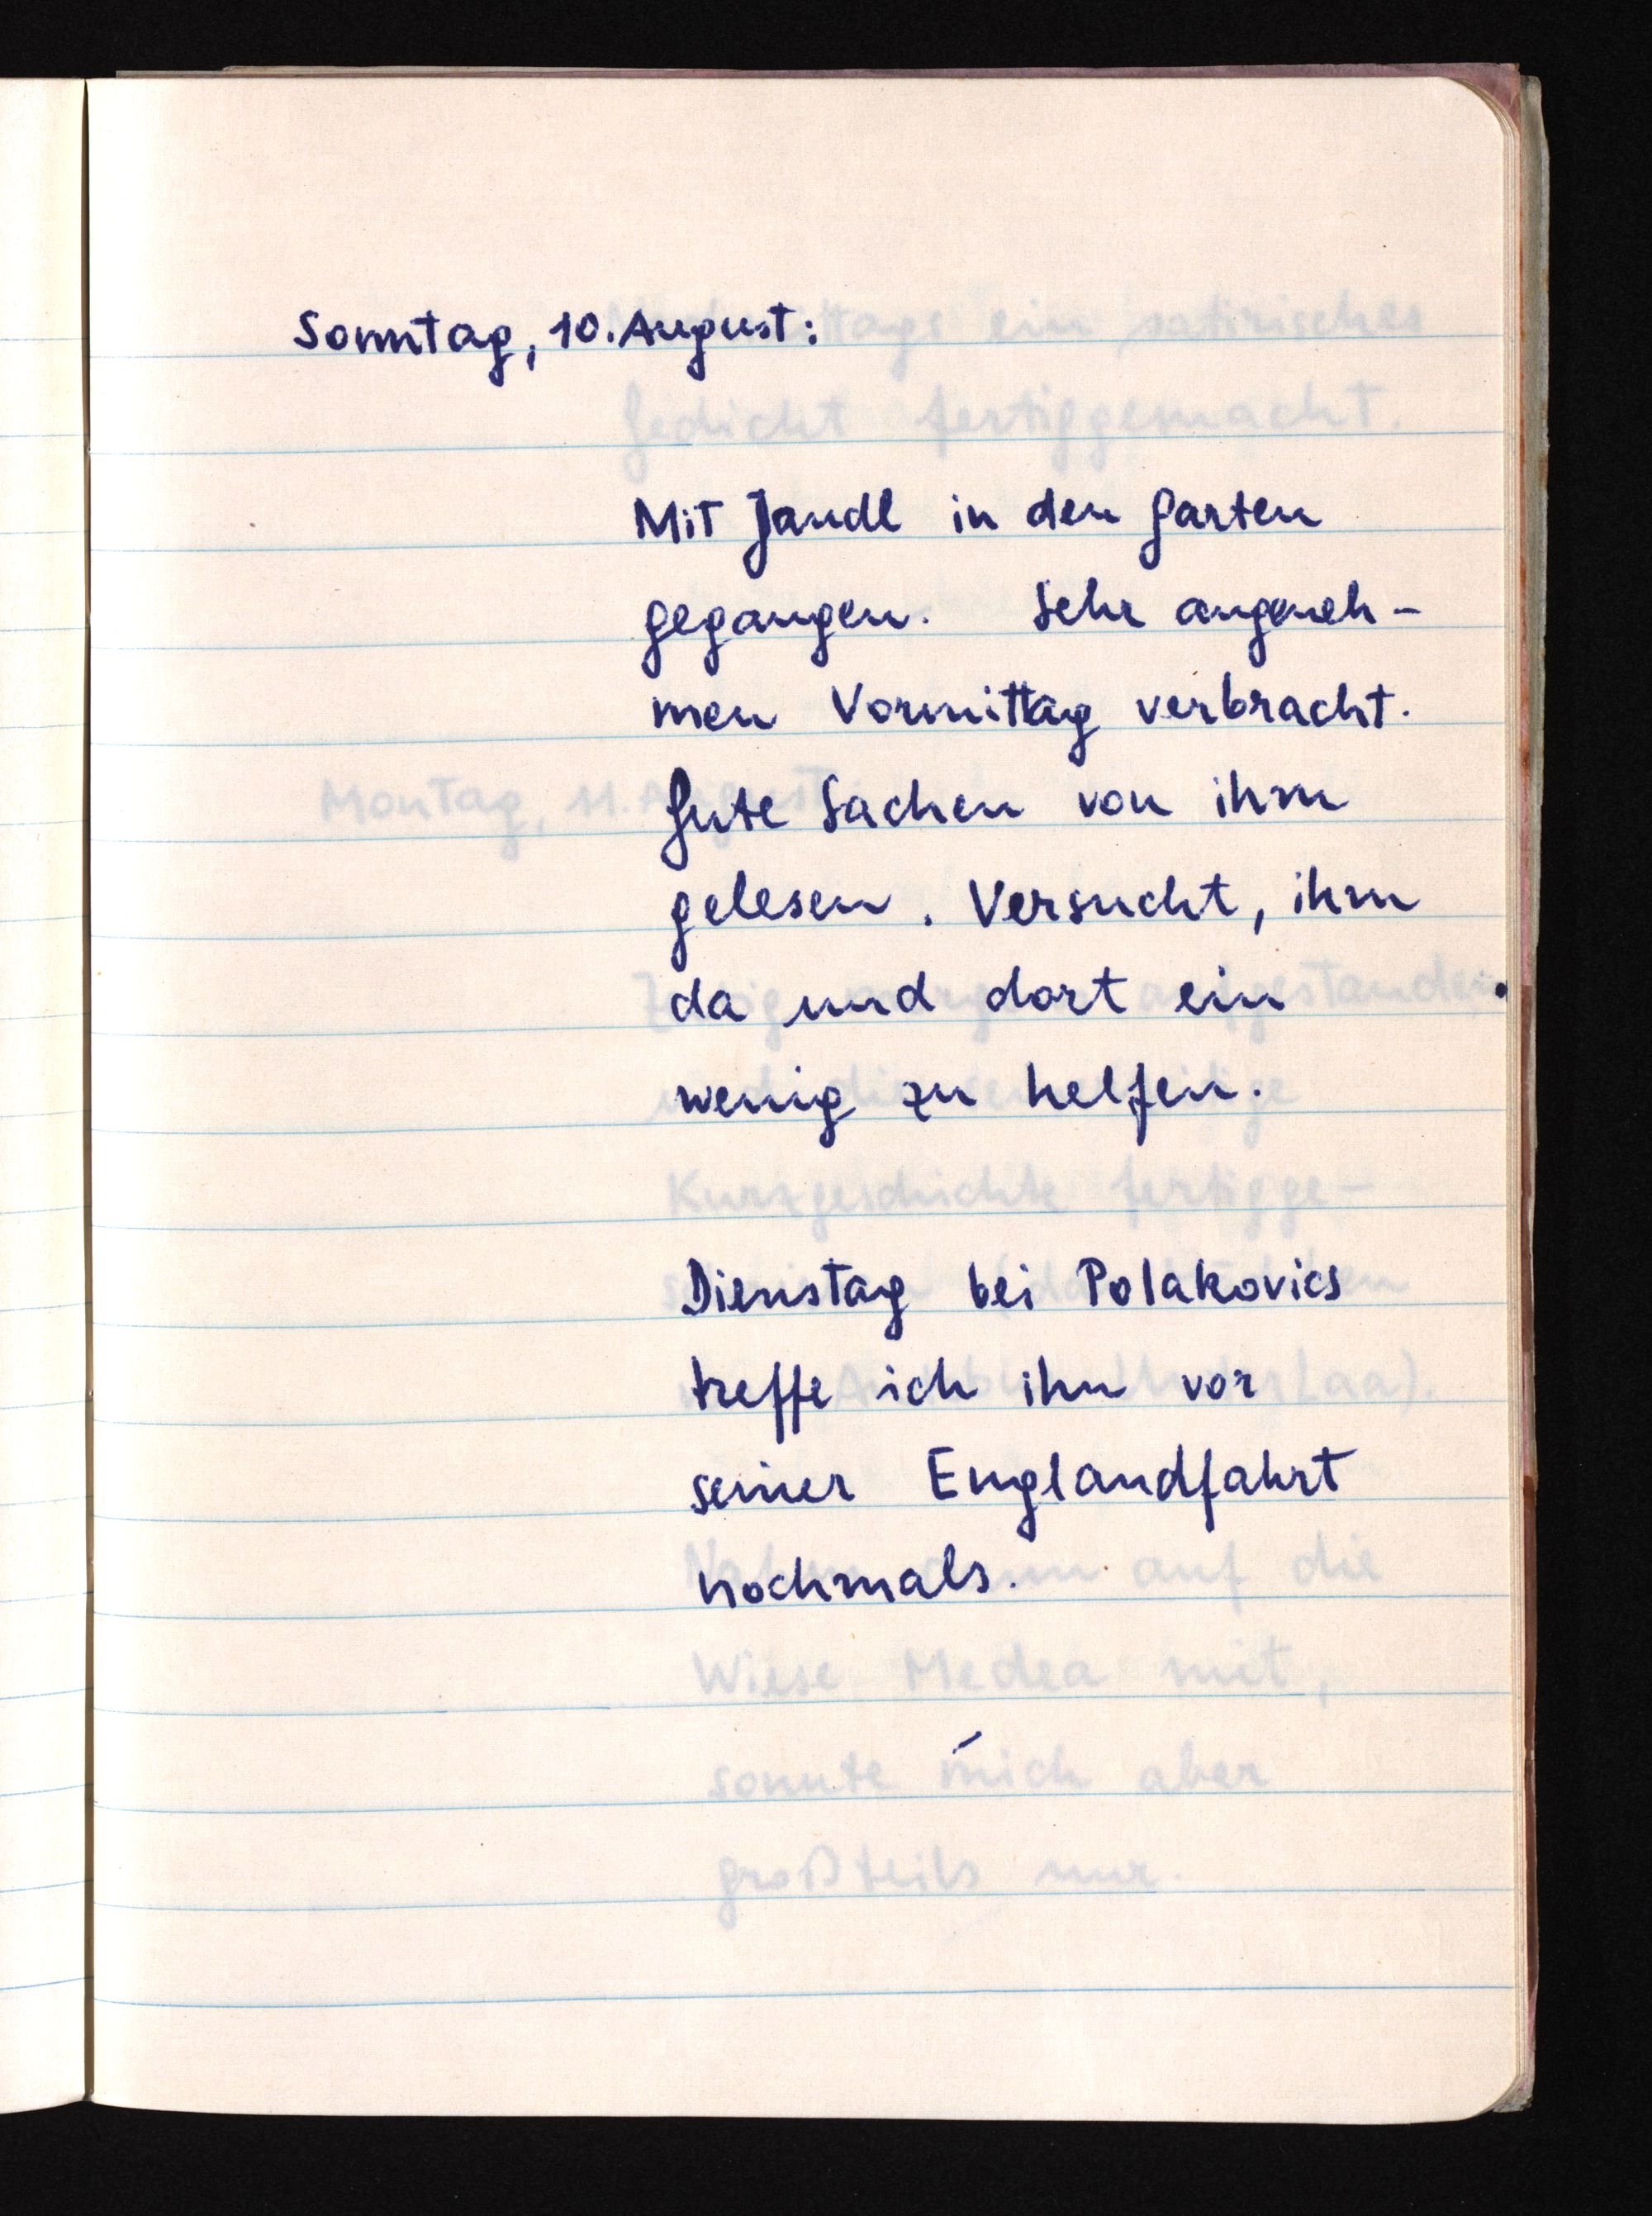
Sonntag, 10. August:
Mit Jandl in den Garten
gegangen. Sehr angeneh¬
men Vormittag verbracht.
Gute Sachen von ihm
gelesen. Versucht, ihm
da und dort ein
wenig zu helfen.
Dienstag bei Polakovics
treffe ich ihn vor
seiner Englandfahrt
nochmals.